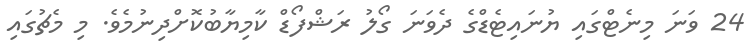
24 ވަނަ މިނެޓްގައި ޔުނައިޓެޑްގެ ދެވަނަ ގޯލު ރަޝްފޯޑް ކާމިޔާބުކޮށްދިނުމެވެ. މި މެޗުގައި